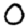
Digit: 0